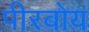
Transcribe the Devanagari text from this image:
पीरबोय